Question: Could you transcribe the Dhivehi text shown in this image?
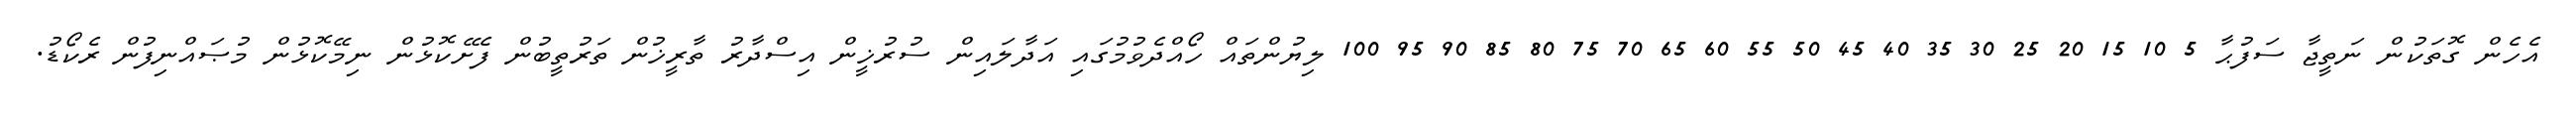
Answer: އެހެން ގޮތަކުން ނަތީޖާ ސަފުޙާ 5 10 15 20 25 30 35 40 45 50 55 60 65 70 75 80 85 90 95 100 ލިޔުންތައް ހޯއްދެވުމުގައި އަދާލައިން ސުރުޚީން އިސްދާރު ތާރީޚުން ތަރުތީބުން ފެށޭކޮޅުން ނިމޭކޮޅުން މުޞައްނިފުން ރެކޯޑު.